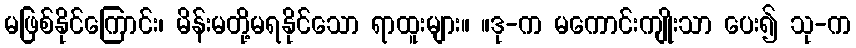
မဖြစ်နိုင်ကြောင်း၊ မိန်းမတို့မရနိုင်သော ရာထူးများ။ ။ဒု-က မကောင်းကျိုးသာ ပေး၍ သု-က